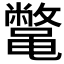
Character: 𱌇